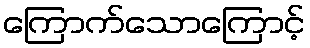
ကြောက်သောကြောင့်